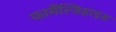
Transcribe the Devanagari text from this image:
फामैंल्डिहाइड